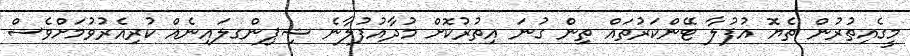
މީގެއިތުރުން ތެޔޮ އުފުލާ ޓޭންކަރުތައް ތިން ގުނަ އިތުރުކޮށް މުދާއުފުލާނެ ޝިޕިންގލައިނެއް ކުރިއެރުވުމަށްވެސް